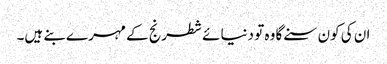
ان کی کون سنے گا وہ تو دنیائے شطرنج کے مہرے بنے ہیں۔